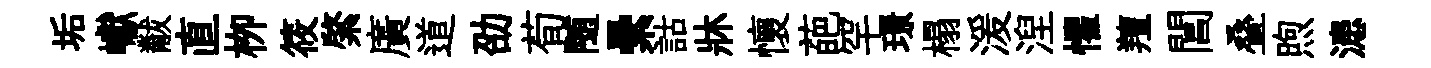
垢巘黻直栁筱綮廣道劭荀随纍詁牀懷葩罕璟榻湲湼懼羶閶叠煦漶